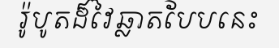
រ៉ូបូតដ៏វៃឆ្លាតបែបនេះ